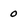
Character: O